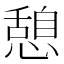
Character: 憩